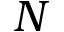
N